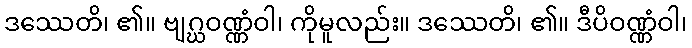
ဒဿေတိ၊ ၏။ ဗျဂ္ဃဝဏ္ဏံဝါ၊ ကိုမူလည်း။ ဒဿေတိ၊ ၏။ ဒီပိဝဏ္ဏံဝါ၊